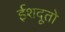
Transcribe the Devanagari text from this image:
ईशदूतो